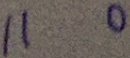
1 1 0